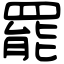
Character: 罷